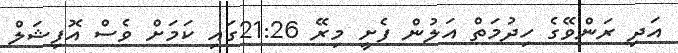
އަދި ރަންވޭގެ ހިދުމަތް އަލުން ފެށީ މިރޭ 21:26ގައި ކަމަށް ވެސް އޮފިޝަލް